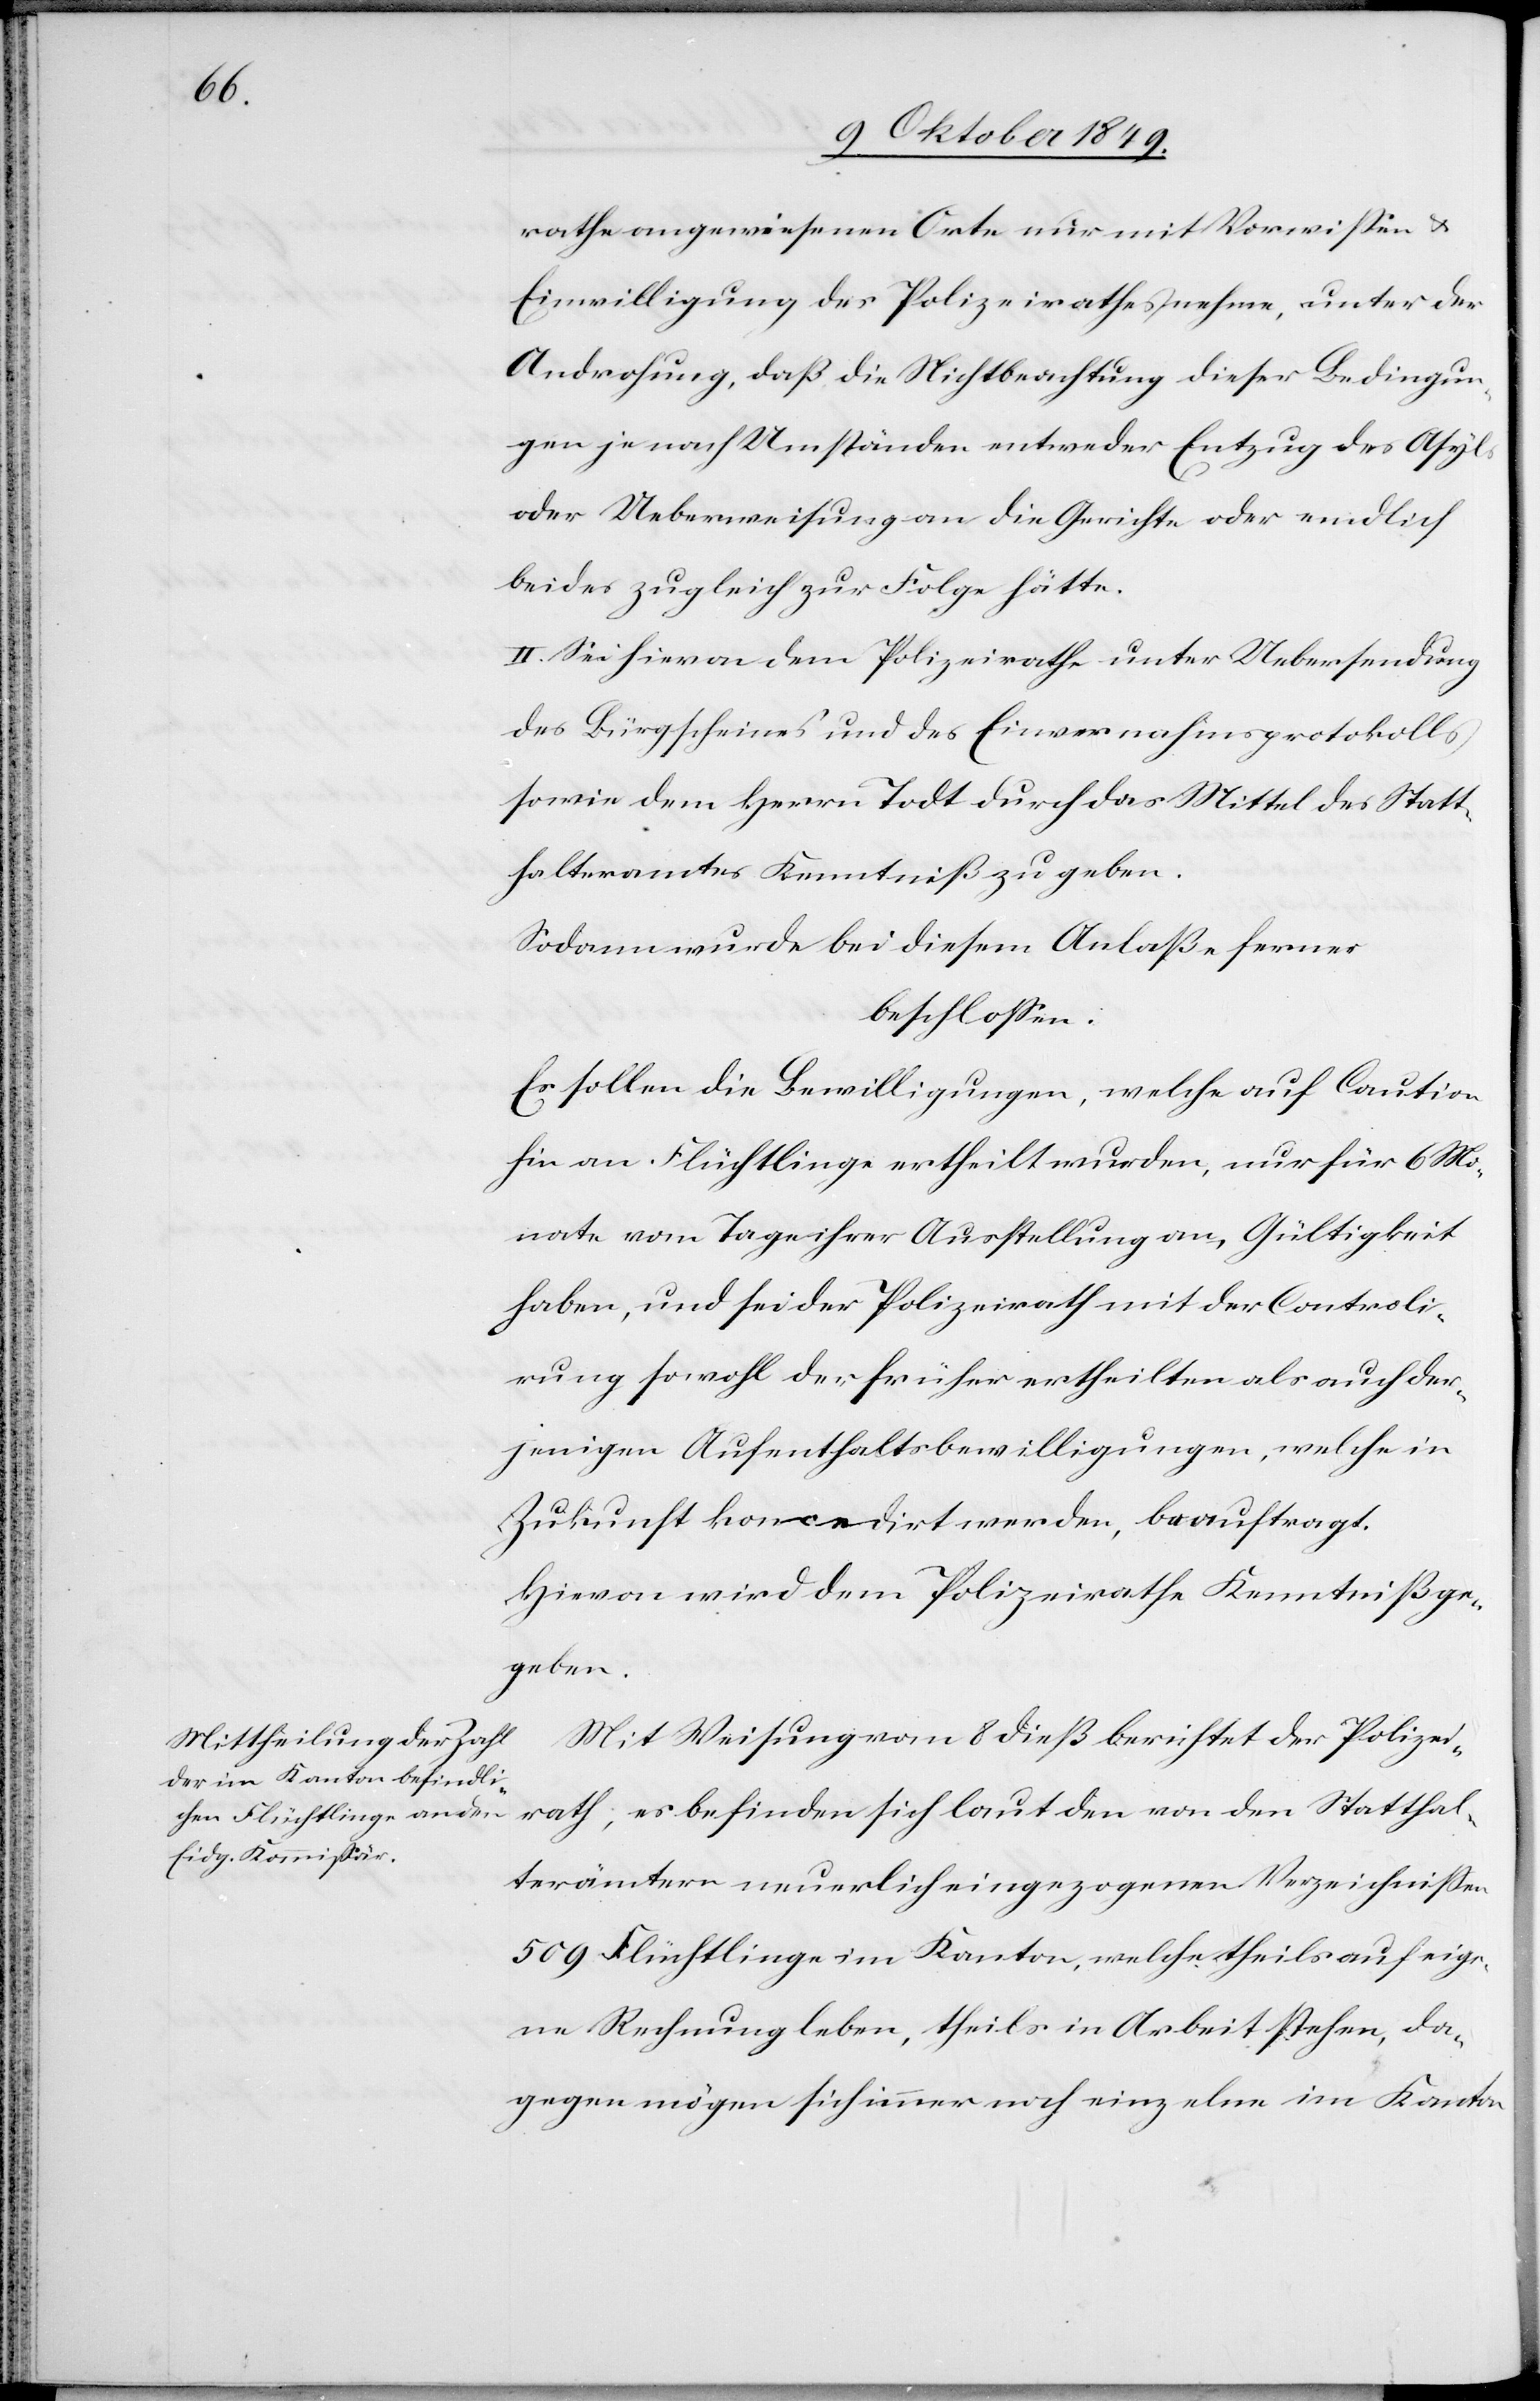
thal¬

rathe angewiesenen Orte nur mit Vorwißen u.
Einwilligung des Polizeirathes nehme, unter der
Androhung, daß die Nichtbeachtung dieser Bedingun¬
gen je nach Umständen entweder Entzug des Asyls
oder Ueberweisung an die Gerichte oder endlich
beides zugleich zur Folge hätte.
II. Sei hievon dem Polizeirathe unter Uebersendung
des Bürgscheines und des Einvernahmsprotokolls
sowie dem Herrn Todt durch das Mittel des Statt¬
halteramtes Kenntniß zu geben.
Sodann wurde bei diesem Anlaße ferner
beschloßen:
Es sollen die Bewilligungen, welche auf Caution
hin an Flüchtlinge ertheilt werden, nur für 6 Mo¬
nate vom Tage ihrer Ausstellung an, Gültigkeit
haben, und sei der Polizeirath mit der Controli¬
rung sowohl der früher ertheilten als auch der¬
jenigen Aufenthaltsbewilligungen, welche in
Zukunft koncedirt werden, beauftragt.
Hievon wird dem Polizeirathe Kenntniß ge¬
geben.
Mit Weisung vom 8 dieß berichtet der Polizei¬
terämtern neuerlich eingezogenen Verzeichnißen
509 Flüchtlinge im Kanton, welche theils auf eige¬
ne Rechnung leben, theils in Arbeit stehen, da¬
gegen mögen sich immer noch einzelne im Kanton